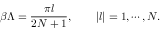
{ \beta \Lambda } = { \frac { \pi l } { 2 N + 1 } } , \qquad | l | = 1 , \cdots , N .